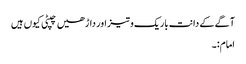
آگے کے دانت باریک و تیز اور داڑھیں چپٹی کیوں ہیں
امام:۔